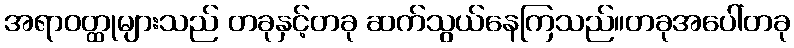
အရာဝတ္ထုများသည် တခုနှင့်တခု ဆက်သွယ်နေကြသည်။တခုအပေါ်တခု